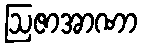
ဩဇာအာဏာ